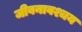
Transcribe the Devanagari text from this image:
जीवनावश्चय